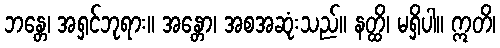
ဘန္တေ၊ အရှင်ဘုရား။ အန္တော၊ အစအဆုံးသည်။ နတ္ထိ၊ မရှိပါ။ ဣတိ၊